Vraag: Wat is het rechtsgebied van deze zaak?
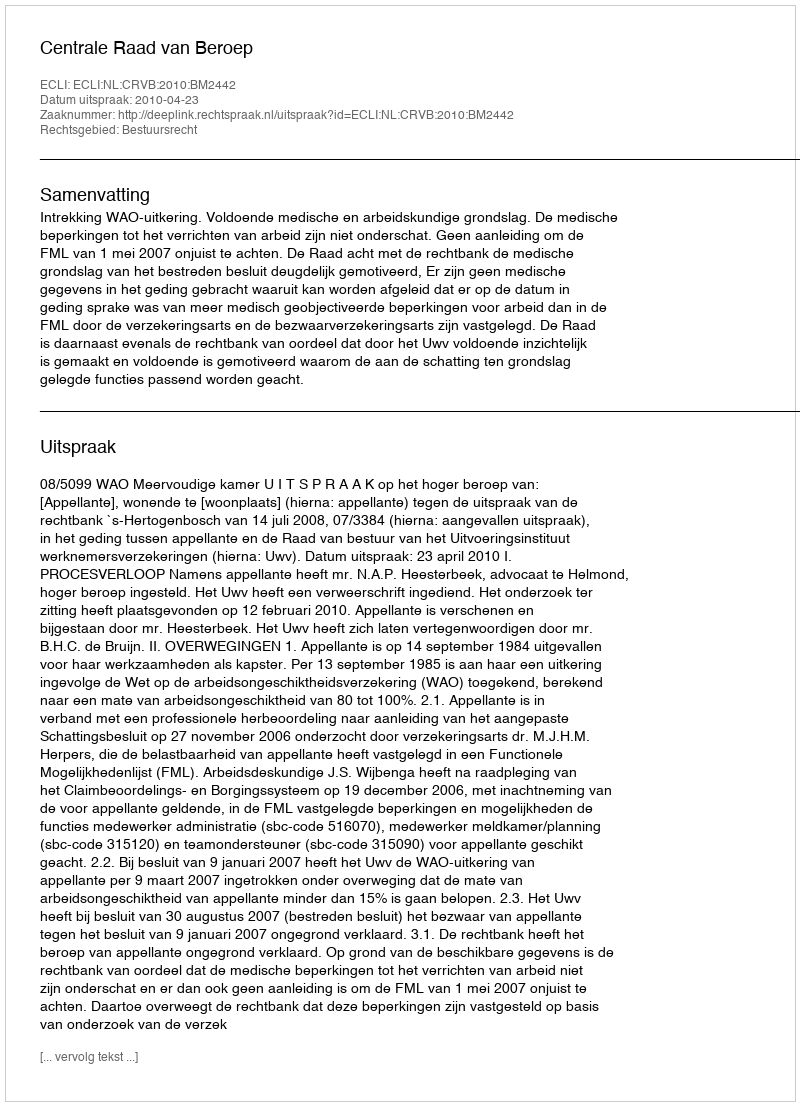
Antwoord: Bestuursrecht